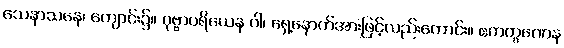
သေနာသနေ၊ ကျောင်း၌။ ပုဗ္ဗာပရိယေန ဝါ၊ ရှေ့နောက်အားဖြင့်လည်းကောင်း။ ဧကက္ခဏေန